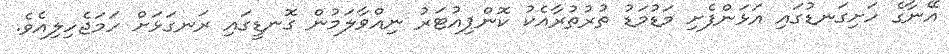
އޭނާގެ ހަށިގަނޑުގައި އަޅަންފެށި މަޑުމަޑު ތުރުތުރާއެކު ކޮންޕިއުޓަރު ނިއްވާލަމުން ގޮނޑީގައި ރަނގަޅަށް ހަމަޖެހިލިއެވެ.